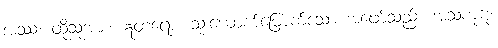
အဿ၊ ထိုသူအား။ ဣတရော၊ သုံးယောက်မြောက်သော အဖော်သည်။ အံသကူဋံ၊